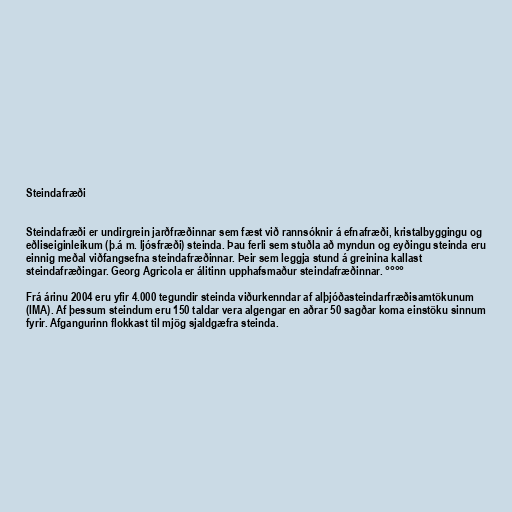
Steindafræði

Steindafræði er undirgrein jarðfræðinnar sem fæst við rannsóknir á efnafræði, kristalbyggingu og
eðliseiginleikum (þ.á m. ljósfræði) steinda. Þau ferli sem stuðla að myndun og eyðingu steinda eru
einnig meðal viðfangsefna steindafræðinnar. Þeir sem leggja stund á greinina kallast
steindafræðingar. Georg Agricola er álitinn upphafsmaður steindafræðinnar. °°°°

Frá árinu 2004 eru yfir 4.000 tegundir steinda viðurkenndar af alþjóðasteindarfræðisamtökunum
(IMA). Af þessum steindum eru 150 taldar vera algengar en aðrar 50 sagðar koma einstöku sinnum
fyrir. Afgangurinn flokkast til mjög sjaldgæfra steinda.